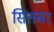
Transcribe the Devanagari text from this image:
सितबर